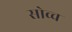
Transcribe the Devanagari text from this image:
सोव्च